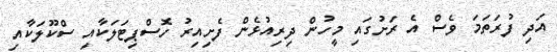
އަދި ފުރަތަމަ ވެސް އެ ރަށުގައި މީހުން ދިރިއުޅެން ފެށިއިރު ހޮސްޕިޓަލަކާއި ސްކޫލަކާއި